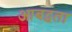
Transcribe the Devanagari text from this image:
आबद्धता